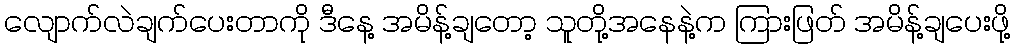
လျောက်လဲချက်ပေးတာကို ဒီနေ့ အမိန့်ချတော့ သူတို့အနေနဲ့က ကြားဖြတ် အမိန့်ချပေးဖို့